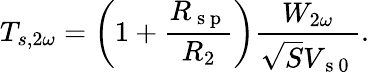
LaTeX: T_{s,2\omega}=\left(1+\frac{R_{\mathrm{~s~p~}}}{R_{2}}\right)\frac{W_{2\omega}}{\sqrt{S}V_{\mathrm{~s~0~}}}{.}